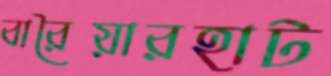
বারৈয়ারহাট